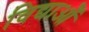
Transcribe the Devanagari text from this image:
विद्याओँ